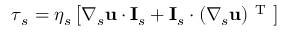
\boldsymbol { \tau } _ { s } = \eta _ { s } \left[ \boldsymbol { \nabla } _ { s } \mathbf { u } \boldsymbol { \cdot } \mathbf { I } _ { s } + \mathbf { I } _ { s } \boldsymbol { \cdot } ( \boldsymbol { \nabla } _ { s } \mathbf { u } ) ^ { \mathrm { ~ T ~ } } \right]